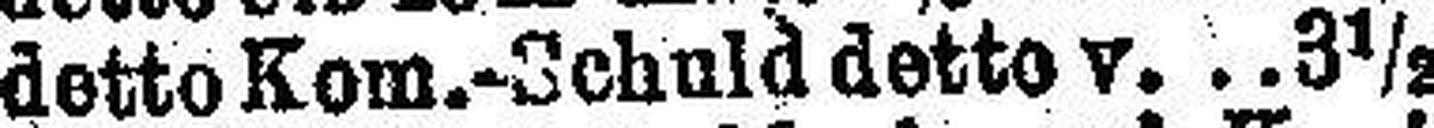
detto Kom.-Schuld detto v. 3½